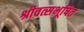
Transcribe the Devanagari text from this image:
श्रीवत्सभूषित